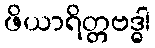
ဖိယာရိတ္တဗဒ္ဓါ